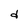
Character: d